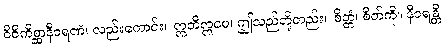
ဝိစိကိစ္ဆာနီဝရဏံ၊ လည်းကောင်း။ ဣတိဣမေ၊ ဤသည်တို့တည်း။ စိတ္တံ၊ စိတ်ကို။ နီဝရန္တိ